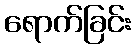
ရောက်ခြင်း